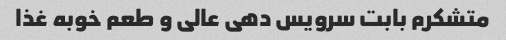
متشکرم بابت سرویس دهی عالی و طعم خوبه غذا